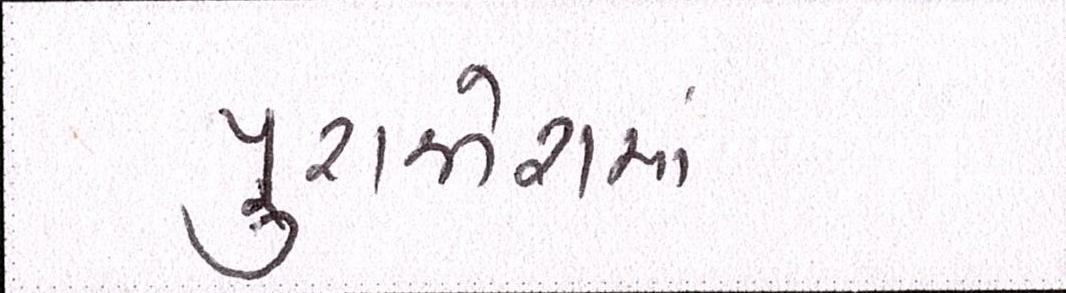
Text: પુરજોશમાં